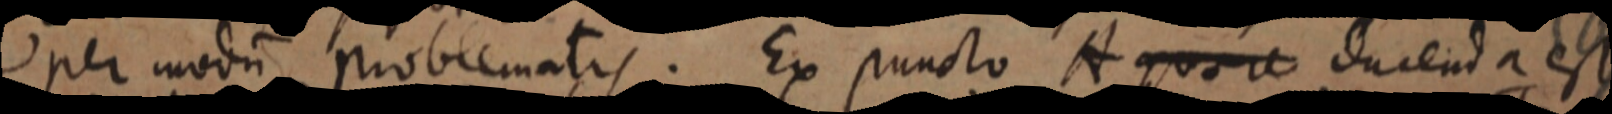
per modo problematis. Ex puncto A quare dacenda est